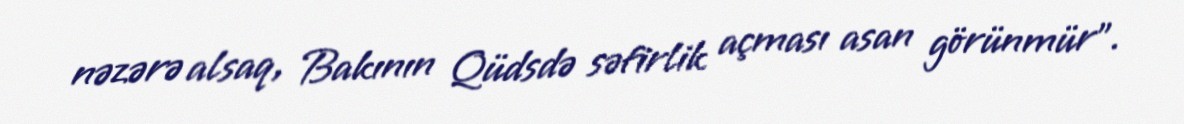
nəzərə alsaq, Bakının Qüdsdə səfirlik açması asan görünmür”.